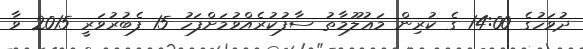
ދުވަހުގެ 14:00 ގެ ކުރިން މަޢުލޫމާތު ސާފުކުރެއްވުމަށްފަހު 15 ފެބުރުވަރީ 2015 ވާ